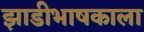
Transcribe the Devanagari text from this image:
झाडीभाषकाला